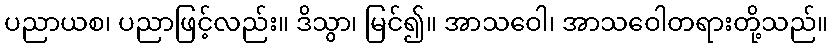
ပညာယစ၊ ပညာဖြင့်လည်း။ ဒိသွာ၊ မြင်၍။ အာသဝေါ၊ အာသဝေါတရားတို့သည်။